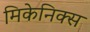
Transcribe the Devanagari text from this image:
मिकेनिक्स